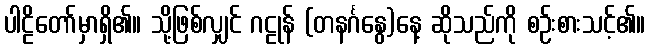
ပါဠိတော်မှာရှိ၏။ သို့ဖြစ်လျှင် ဂဠုန် (တနင်္ဂနွေ)နေ့ ဆိုသည်ကို စဉ်းစားသင့်၏။